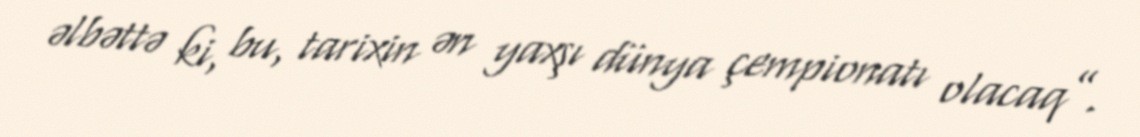
əlbəttə ki, bu, tarixin ən yaxşı dünya çempionatı olacaq”.